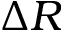
\Delta R